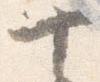
十